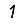
Digit: 1